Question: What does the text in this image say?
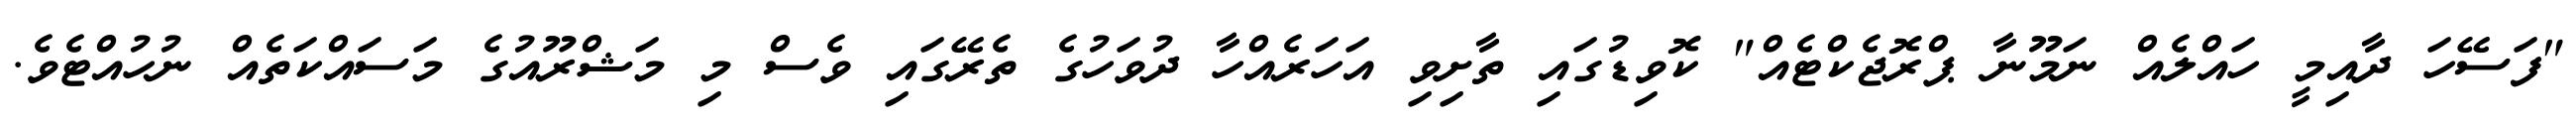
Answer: "ފަސޭހަ ދާއިމީ ހައްލެއް ނަމޫނާ ޕްރޮޖެކްޓެއް" ކޮވިޑުގައި ތާށިވި އަހަރެއްހާ ދުވަހުގެ ތެރޭގައި ވެސް މި މަޝްރޫއުގެ މަސައްކަތެއް ނުހުއްޓެވެ.